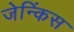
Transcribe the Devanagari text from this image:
जेन्किंस